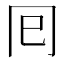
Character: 囘